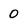
Character: 0